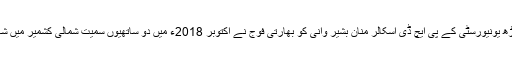
علی گڑھ یونیورسٹی کے پی ایچ ڈی اسکالر منان بشیر وانی کو بھارتی فوج نے اکتوبر 2018ء میں دو ساتھیوں سمیت شمالی کشمیر میں شہید کیا۔